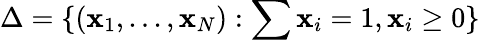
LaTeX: \Delta=\{ (\mathbf{x}_{1},...,\mathbf{x}_{N}):\sum\mathbf{x}_{i}=1,\mathbf{x}_{i}\geq0\}